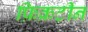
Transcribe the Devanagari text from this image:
फ़िक्रटीन